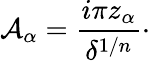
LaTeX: {\cal A}_{\alpha}={\frac{i\pi z_{\alpha}}{\delta^{1/n}}}\cdotp